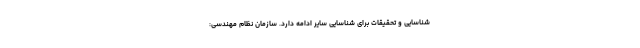
شناسایی و تحقیقات برای شناسایی سایر ادامه دارد. سازمان نظام مهندسی: